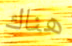
هناك